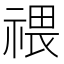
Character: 𥚸